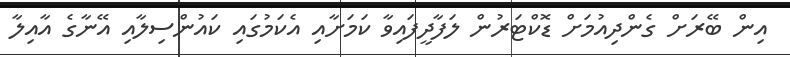
އިން ބޭރަށް ގެންދިއުމަށް ޑޮކްޓަރުން ލަފާދީފައިވާ ކަމަށާއި އެކަމުގައި ކައުންސިލާއި އޭނާގެ އާއިލާ